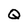
Character: Q